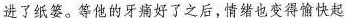
进了纸篓。等他的牙痛好了之后，情绪也变得愉快起